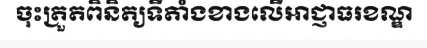
ចុះត្រួតពិនិត្យទីតាំងខាងលើអាជ្ញាធរខណ្ឌ